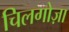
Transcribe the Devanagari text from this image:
चिलगोज़ा